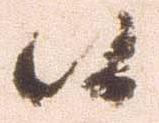
候